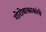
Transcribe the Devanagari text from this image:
गोरोबाकाकांचे